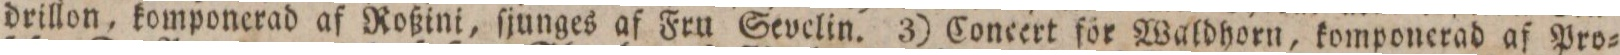
drillon, komponerad af Roßini, ſjunges af Fru Sevelin. 3) Concert för Waldhorn, komponerad af Pro=